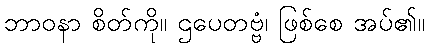
ဘာဝနာ စိတ်ကို။ ဌပေတဗ္ဗံ၊ ဖြစ်စေ အပ်၏။